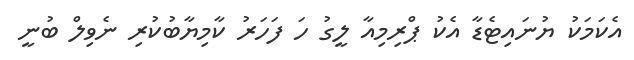
އެކަމަކު ޔުނައިޓެޑާ އެކު ޕްރިމިއާ ލީގު ހަ ފަހަރު ކާމިޔާބުކުރި ނެވިލް ބުނީ